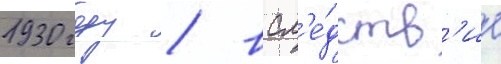
1930 году / всл'е́дств'ие